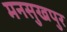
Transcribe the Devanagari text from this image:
मनसुखपुर